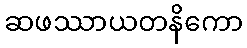
ဆဖဿာယတနိကော